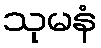
သုမနံ